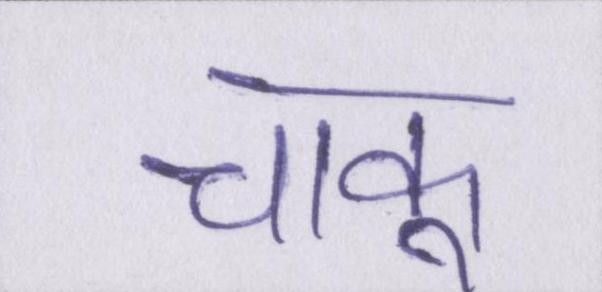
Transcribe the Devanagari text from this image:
चाकू